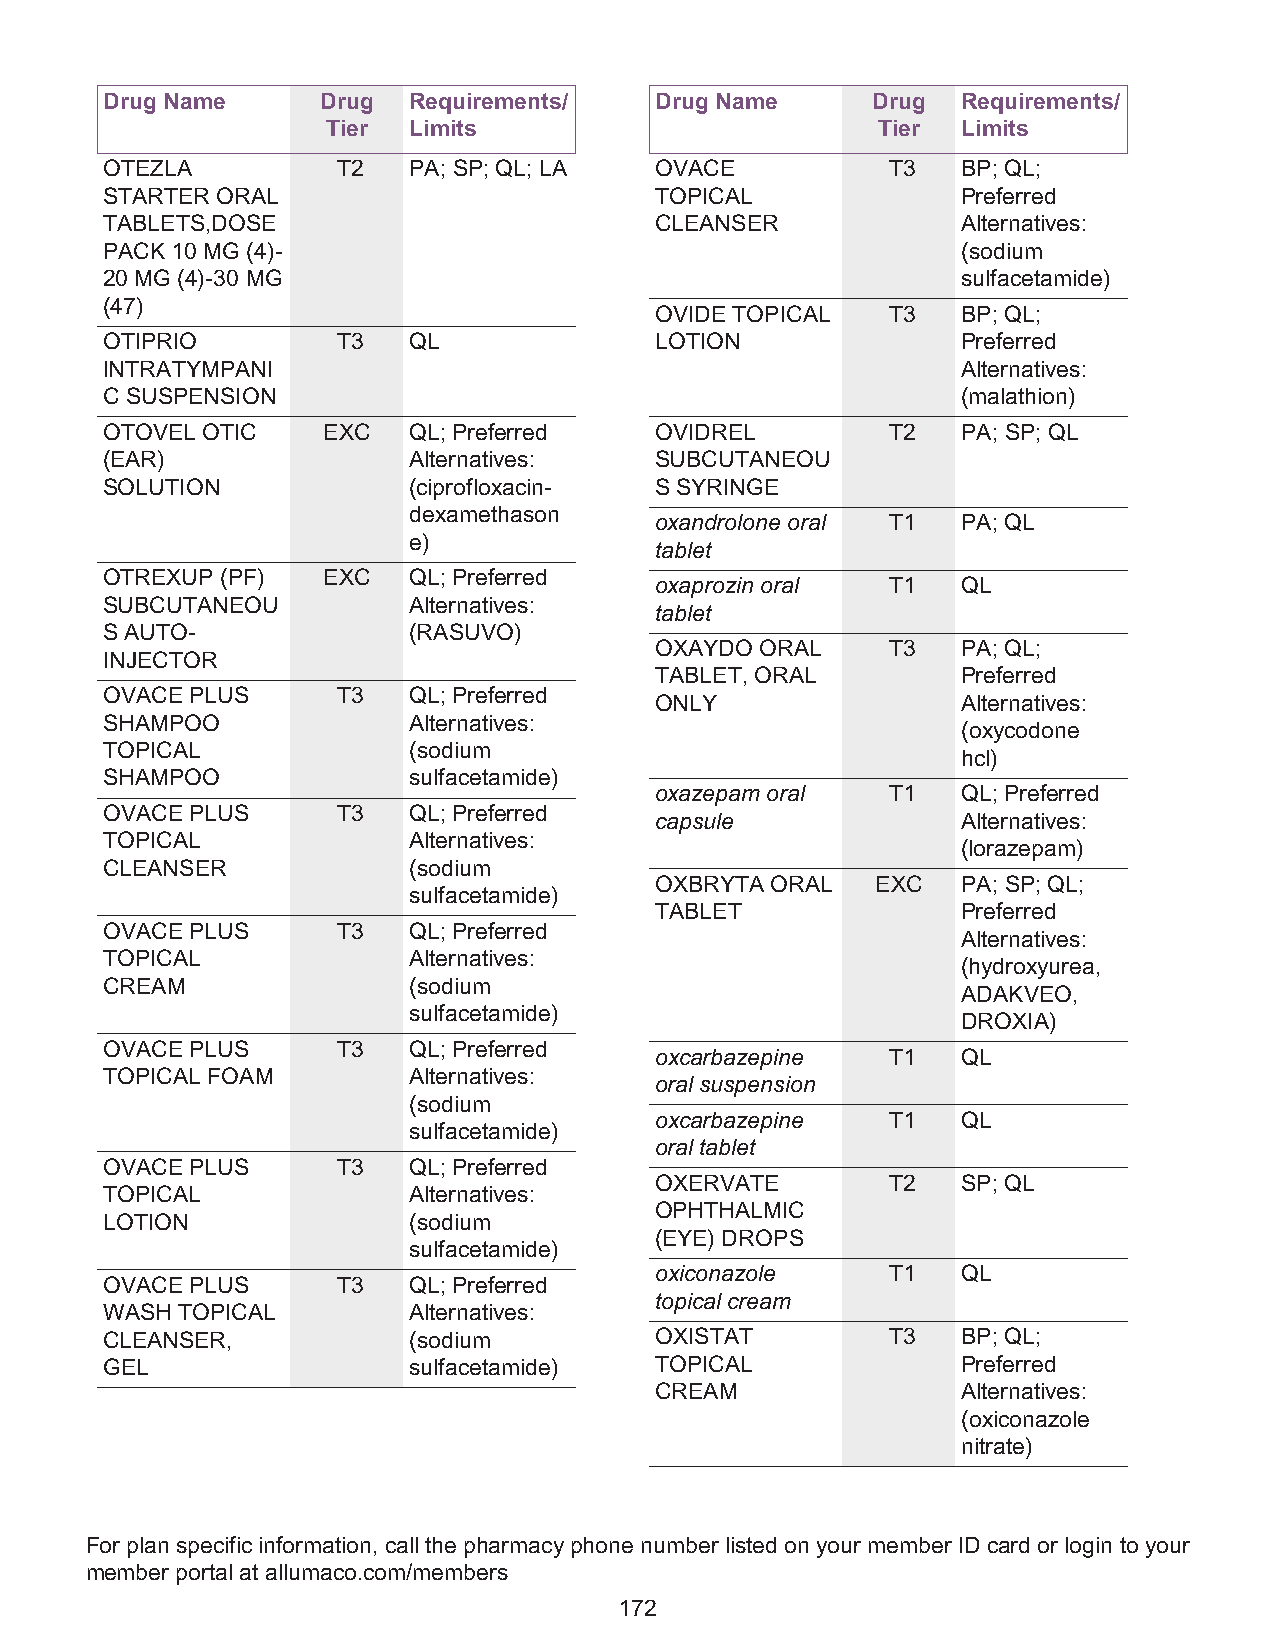
Drug Name     Drug  Requirements/   Drug Name      Drug  Requirements/
 Tier Limits                         Tier  Limits
 OTEZLA         T2   PA; SP; QL; LA  OVACE           T3   BP; QL;
 STARTER ORAL                        TOPICAL              Preferred
 TABLETS,DOSE                        CLEANSER             Alternatives:
 PACK 10 MG (4)-                                          (sodium
 20 MG (4)-30 MG                                          sulfacetamide)
 (47)
 OVIDE TOPICAL   T3   BP; QL;
 OTIPRIO        T3   QL              LOTION               Preferred
 INTRATYMPANI                                             Alternatives:
 C SUSPENSION                                             (malathion)
 OTOVEL OTIC   EXC   QL; Preferred   OVIDREL         T2   PA; SP; QL
 (EAR)               Alternatives:   SUBCUTANEOU
 SOLUTION            (ciprofloxacin- S SYRINGE
 dexamethason
 oxandrolone oral T1  PA; QL
 e)
 tablet
 OTREXUP (PF)  EXC   QL; Preferred
 oxaprozin oral  T1   QL
 SUBCUTANEOU         Alternatives:
 tablet
 S AUTO-             (RASUVO)
 OXAYDO ORAL     T3   PA; QL;
 INJECTOR
 TABLET, ORAL         Preferred
 OVACE PLUS     T3   QL; Preferred
 ONLY                 Alternatives:
 SHAMPOO             Alternatives:
 (oxycodone
 TOPICAL             (sodium
 hcl)
 SHAMPOO             sulfacetamide)
 oxazepam oral   T1   QL; Preferred
 OVACE PLUS     T3   QL; Preferred
 capsule              Alternatives:
 TOPICAL             Alternatives:
 (lorazepam)
 CLEANSER            (sodium
 OXBRYTA ORAL   EXC   PA; SP; QL;
 sulfacetamide)
 TABLET               Preferred
 OVACE PLUS     T3   QL; Preferred
 Alternatives:
 TOPICAL             Alternatives:
 (hydroxyurea,
 CREAM               (sodium
 ADAKVEO,
 sulfacetamide)
 DROXIA)
 OVACE PLUS     T3   QL; Preferred
 oxcarbazepine   T1   QL
 TOPICAL FOAM        Alternatives:
 oral suspension
 (sodium
 oxcarbazepine   T1   QL
 sulfacetamide)
 oral tablet
 OVACE PLUS     T3   QL; Preferred
 OXERVATE        T2   SP; QL
 TOPICAL             Alternatives:
 OPHTHALMIC
 LOTION              (sodium
 (EYE) DROPS
 sulfacetamide)
 oxiconazole     T1   QL
 OVACE PLUS     T3   QL; Preferred
 topical cream
 WASH TOPICAL        Alternatives:
 CLEANSER,           (sodium         OXISTAT         T3   BP; QL;
 GEL                 sulfacetamide)  TOPICAL              Preferred
 CREAM                Alternatives:
 (oxiconazole
 nitrate)
 For plan specific information, call the pharmacy phone number listed on your member ID card or login to your
 member portal at allumaco.com/members
 172